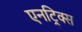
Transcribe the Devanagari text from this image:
एनट्रिक्स